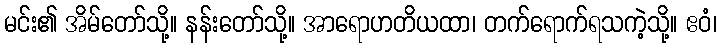
မင်း၏ အိမ်တော်သို့။ နန်းတော်သို့။ အာရောဟတိယထာ၊ တက်ရောက်ရသကဲ့သို့။ ဧဝံ၊